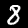
Digit: 8